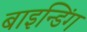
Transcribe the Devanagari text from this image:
बाइन्डिंग